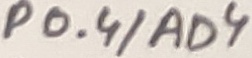
Text: P0.4/AD4